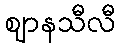
ဈာနသီလီ